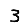
Digit: 3